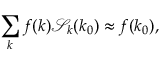
\sum _ { k } f ( k ) \mathcal { S } _ { k } ( k _ { 0 } ) \approx f ( k _ { 0 } ) ,